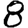
Digit: 8